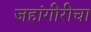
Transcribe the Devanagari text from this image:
जहांगीरीचा